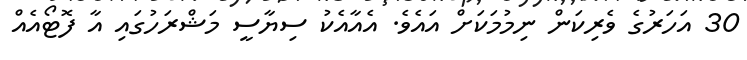
30 އަހަރުގެ ވެރިކަން ނިމުމަކަށް އައެވެ. އެއާއެކު ސިޔާސީ މަޝްރަހުގައި އާ ފޮޓޯއެއް